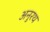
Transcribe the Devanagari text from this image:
अनुरथ